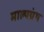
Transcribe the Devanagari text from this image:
माल्यग्रंथ